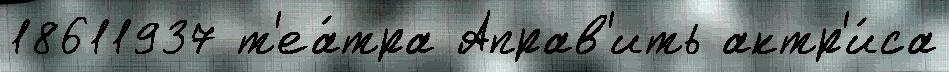
18611937 т'еа́тра Аправ'ить актр'и́са